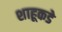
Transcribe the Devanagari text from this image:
शाहूकडे